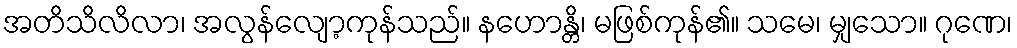
အတိသိလိလာ၊ အလွန်လျော့ကုန်သည်။ နဟောန္တိ၊ မဖြစ်ကုန်၏။ သမေ၊ မျှသော။ ဂုဏေ၊